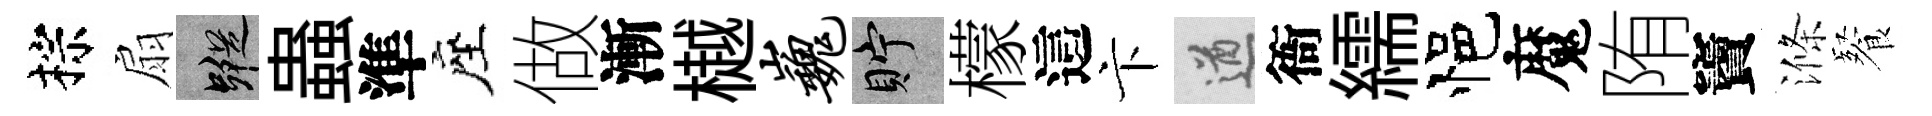
棕扇蹤蟲準座做漸樾巍貯檬這卞遒衙繻悒魔陏竇滌餐